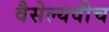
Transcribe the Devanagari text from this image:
वैसेल्यवीच